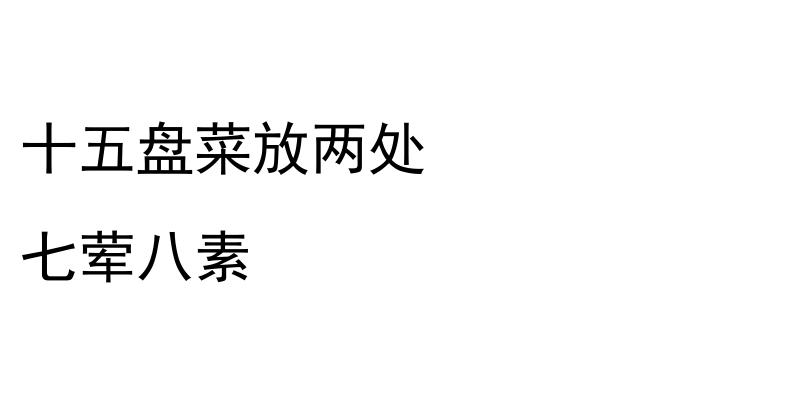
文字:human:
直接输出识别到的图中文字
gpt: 十五盘菜放两处 七荤八素